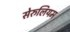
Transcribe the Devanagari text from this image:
सेरुलियम